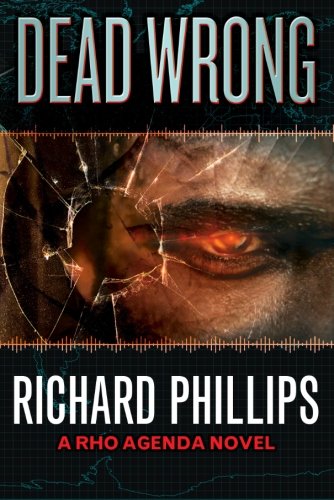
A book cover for Dead Wrong (The Rho Agenda Inception); Richard Phillips; Science Fiction & Fantasy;